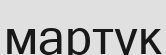
мартүк